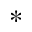
*